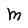
Character: M